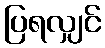
ပြရလျှင်